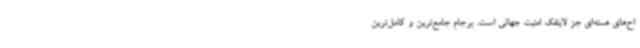
اح‌های هسته‌ای جز لاینفک امنیت جهانی است. برجام جامع‌ترین و کامل‌ترین